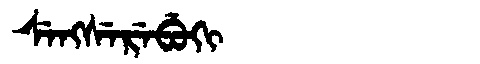
Manchu: ᠰᡝᠩᠰᡝᡵᡝᠪᡠᡴᡳ
Romanization: SENGSEREBUKI